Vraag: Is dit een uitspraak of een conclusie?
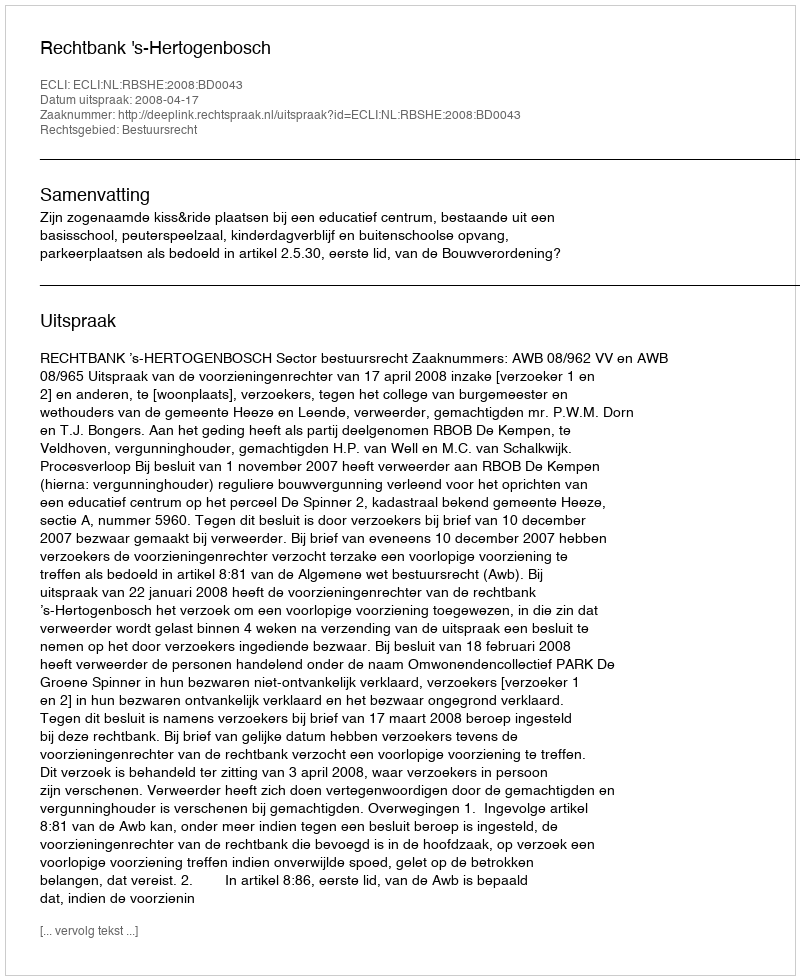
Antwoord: Uitspraak